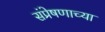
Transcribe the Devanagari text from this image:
संप्रेषणाच्या